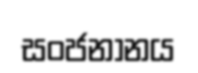
සංජනානය